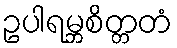
ဥပါရမ္ဘစိတ္တတံ